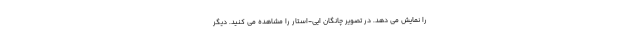
را نمایش می دهد. در تصویر چانگان ایی-استار را مشاهده می کنید. دیگر